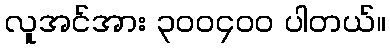
လူအင်အား ၃၀၀၄၀၀ ပါတယ်။